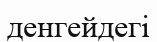
денгейдегі